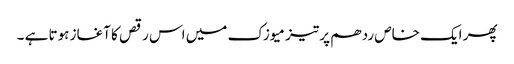
پھر ایک خاص ردھم پر تیز میوزک میں اس رقص کا آغاز ہوتا ہے ۔